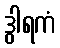
ဒွါရကံ